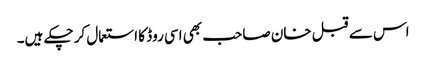
اس سے قبل خان صاحب بھی اسی روڈ کا استعمال کر چکے ہیں۔